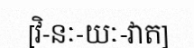
[វិ-នៈ-យៈ-វាត]